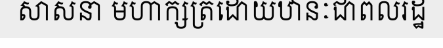
សាសនា មហាក្សត្រដោយឋានៈជាពលរដ្ឋ